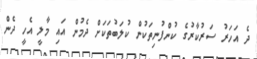
ދެ އަހަރު ސަރުކާރުގެ ކުންފުނިތަކުން ކުލަބުތަކަށް ދެމުން އައި މާލީ އެހީ ދެން